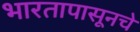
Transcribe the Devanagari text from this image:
भारतापासूनचे